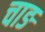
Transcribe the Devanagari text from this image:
चाङ